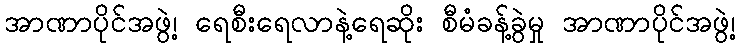
အာဏာပိုင်အဖွဲ့၊ ရေစီးရေလာနဲ့ရေဆိုး စီမံခန့်ခွဲမှု အာဏာပိုင်အဖွဲ့၊